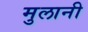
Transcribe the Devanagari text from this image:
मुलानी